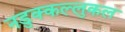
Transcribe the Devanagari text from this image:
नडुक्कल्लुकल